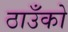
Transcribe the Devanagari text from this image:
ठाउँको